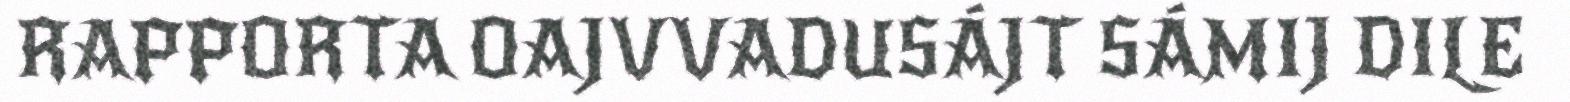
RAPPORTA OAJVVADUSÁJT SÁMIJ DILE